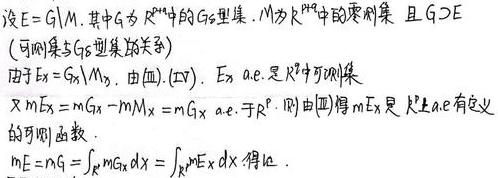
设$E = G\setminus M$, 其中$G$为$\mathbb{R}^n$中的$G_{\delta}$型集, $M$为$\mathbb{R}^n$中的零测集, 且$G\supset E$ (可测集与$G_{\delta}$型集的关系).
由于$E_x = G_x\setminus M_x$, 由(III), (IV), $E_x$ a.e. 是$\mathbb{R}^p$可测集.
又$mE_x = mG_x - mM_x = mG_x$ a.e. 于$\mathbb{R}^q$. 则由(III)得$mE_x$是$\mathbb{R}^q$上a.e.有定义的可测函数.
$mE = mG=\int_{\mathbb{R}^q}mG_xdx=\int_{\mathbb{R}^q}mE_xdx$. 得证.